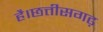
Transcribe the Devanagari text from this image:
है।छत्तीसगढ़